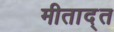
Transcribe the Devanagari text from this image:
मीताद्त